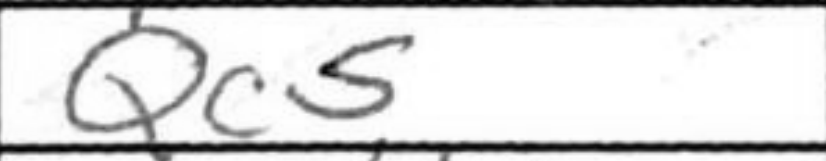
Transcription: Qc5